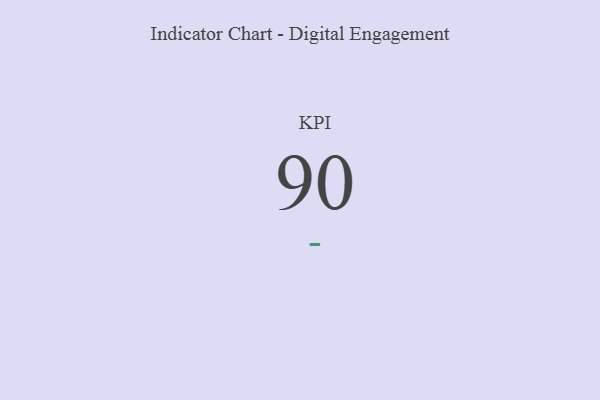
{"axis": {"x": "KPI", "y": "Value"}, "legend": [""], "data": [{"x": "KPI", "y": 90, "type": ""}]}